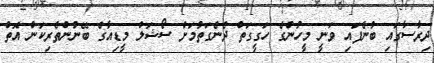
ދިރާސާގައި ބުނެފައި ވަނީ މީހުންގެ ހަގީގަތް ދެނެގަތުމަށް ސޯޝަލް މީޑިއާގެ ބޭނުންތެރިކަން އޮތް